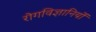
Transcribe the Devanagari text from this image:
रोगविज्ञानियों